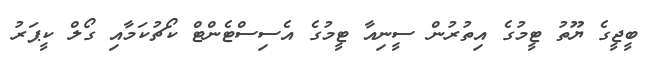
ބީޖީގެ ޔޫތު ޓީމުގެ އިތުރުން ސީނިއާ ޓީމުގެ އެސިސްޓެންޓް ކޯޗުކަމާއި ގޯލް ކީޕަރު